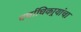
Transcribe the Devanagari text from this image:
चर्चाधिकार्‍यांचा